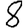
Digit: 8